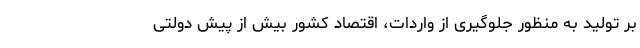
بر تولید به منظور جلوگیری از واردات، اقتصاد کشور بیش از پیش دولتی